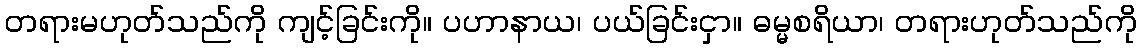
တရားမဟုတ်သည်ကို ကျင့်ခြင်းကို။ ပဟာနာယ၊ ပယ်ခြင်းငှာ။ ဓမ္မစရိယာ၊ တရားဟုတ်သည်ကို